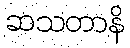
ဆသတာနိ